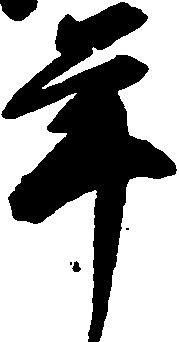
年